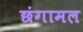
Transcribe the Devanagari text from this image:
छंगामल